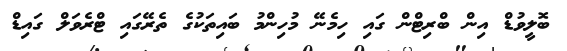
ބޮލީވުޑް އިން ބްރިޓްން ގައި ހިމެނޭ މުހިންމު ބައިތަކުގެ ތެރޭގައި ޓްރެވަލް ގައިޑް